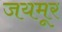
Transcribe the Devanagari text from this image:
जयमूर